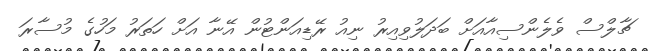
ޗާލްސް ވެލެންސިއާއަށް ބަދަލުވިއިރު ނިއު ރޭޑިއަންޓުން އޭނާ އަށް ހަތަރު މަހުގެ މުސާރަ